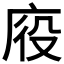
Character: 𭙠